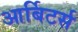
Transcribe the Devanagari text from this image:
आर्बिटर्स